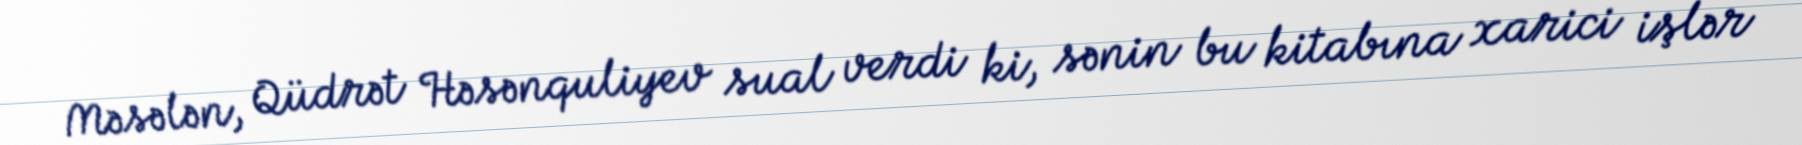
Məsələn, Qüdrət Həsənquliyev sual verdi ki, sənin bu kitabına xarici işlər